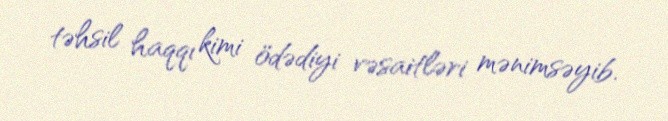
təhsil haqqı kimi ödədiyi vəsaitləri mənimsəyib.